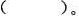
( )。